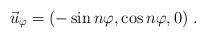
LaTeX: \begin{align*}\vec u_{\varphi}= (-\sin n\varphi, \cos n\varphi, 0 ) \ .\end{align*}